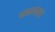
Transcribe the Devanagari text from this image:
पडतातच